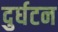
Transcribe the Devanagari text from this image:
दुर्घटन